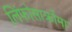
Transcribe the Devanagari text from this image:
लिंफोसार्क्रोमा